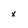
Character: x